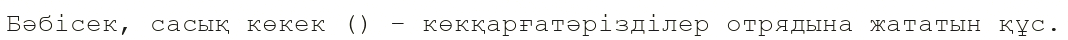
Бәбісек, сасық көкек () – көкқарғатәрізділер отрядына жататын құс.